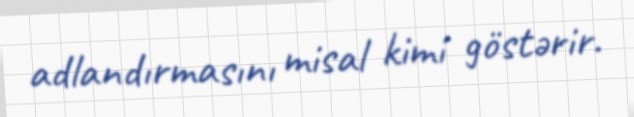
adlandırmasını misal kimi göstərir.